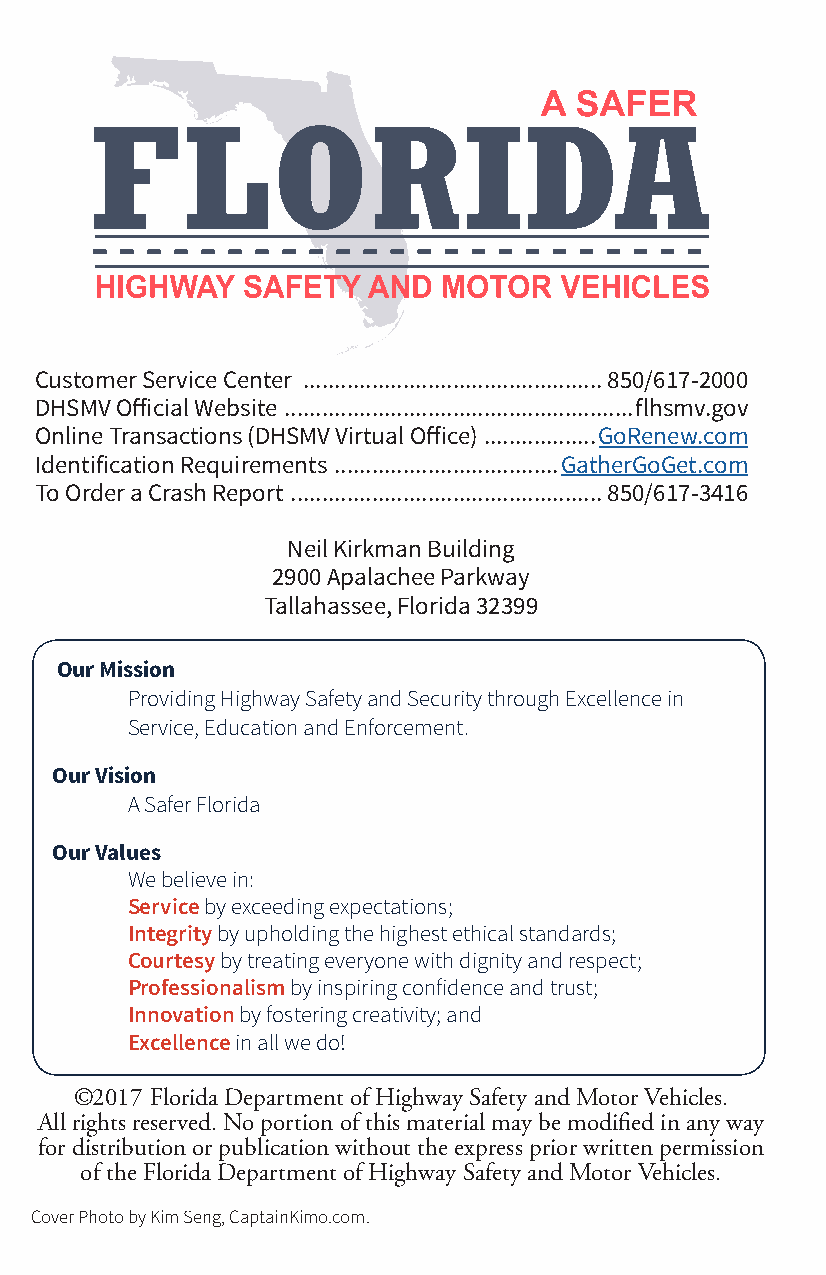
Customer Service Center ................................................850/617-2000
 DHSMV Official Website ........................................................flhsmv.gov
 Online Transactions (DHSMV Virtual Office) ..................GoRenew.com
 Identification Requirements ....................................GatherGoGet.com
 To Order a Crash Report ..................................................850/617-3416
 Neil Kirkman Building
 2900 Apalachee Parkway
 Tallahassee, Florida 32399
 Our Mission
 Providing Highway Safety and Security through Excellence in
 Service, Education and Enforcement.
 Our Vision
 A Safer Florida
 Our Values
 We believe in:
 Service by exceeding expectations;
 Integrity by upholding the highest ethical standards;
 Courtesy by treating everyone with dignity and respect;
 Professionalism by inspiring confidence and trust;
 Innovation by fostering creativity; and
 Excellence in all we do!
 ©2017 Florida Department of Highway Safety and Motor Vehicles.
 All rights reserved. No portion of this material may be modified in any way
 for distribution or publication without the express prior written permission
 of the Florida Department of Highway Safety and Motor Vehicles.
 Cover Photo by Kim Seng, CaptainKimo.com.